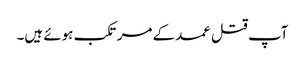
آپ قتل عمد کے مرتکب ہوئے ہیں۔